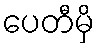
ပေတီမှိ